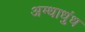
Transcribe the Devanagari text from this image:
अम्धाधुंध